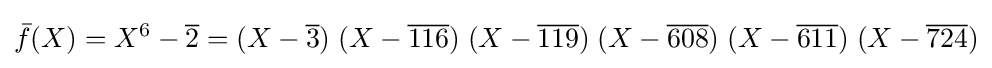
{\bar {f}}(X)=X^{6}-{\overline {2}}=(X-{\overline {3}})\;(X-{\overline {116}})\;(X-{\overline {119}})\;(X-{\overline {608}})\;(X-{\overline {611}})\;(X-{\overline {724}})